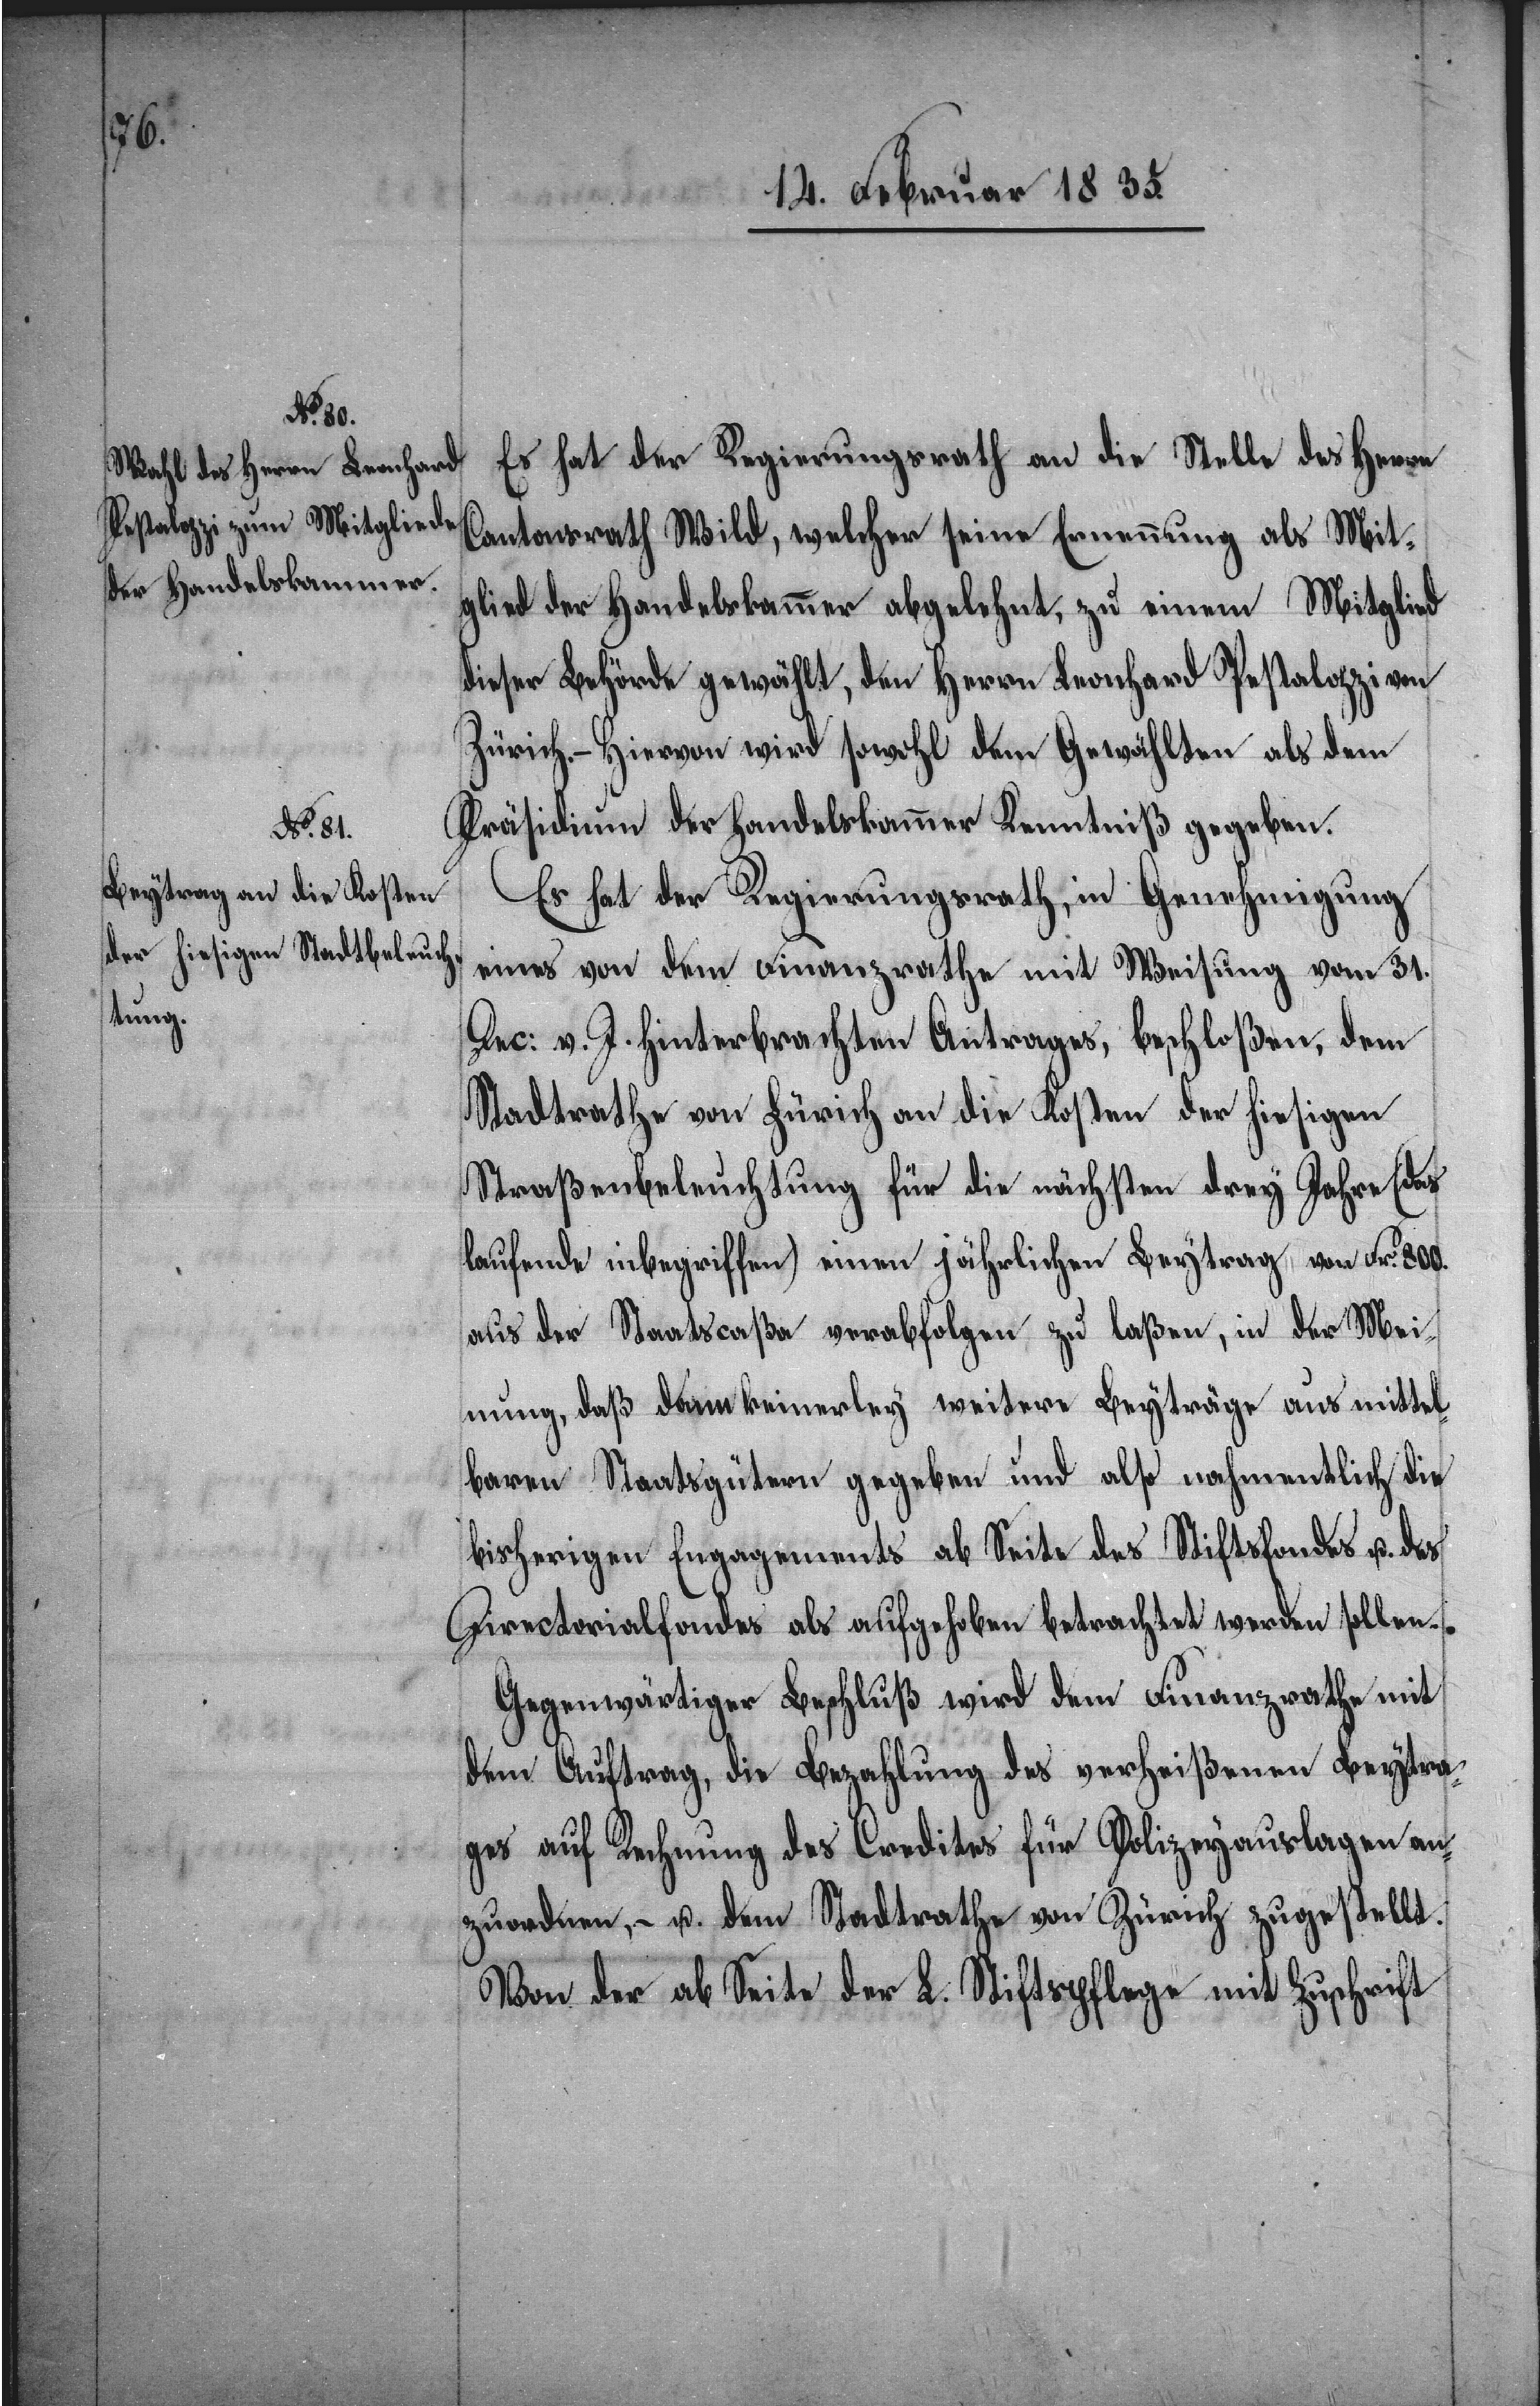
Es hat der Regierungsrath an die Stelle des Herrn
Cantonsrath Wild, welcher seine Ernennung als Mit¬
glied der Handelskammer abgelehnt, zu einem Mitglied
dieser Behörde gewählt, den Herrn Leonhard Pestalozzi von
Zürich. – Hiervon wird sowohl dem Gewählten als dem
Präsidium der Handelskammer Kenntniß gegeben.
Es hat der Regierungsrath, in Genehmigung
eines von dem Finanzrathe mit Weisung vom 31.
Dec: v. J. hinterbrachten Antrages, beschloßen, dem
Stadtrathe von Zürich an die Kosten der hiesigen
Straßenbeleuchtung für die nächsten drey Jahre (das
laufende inbegriffen) einen jährlichen Beytrag von Fr. 800.
aus der Staatscaßa verabfolgen zu laßen, in der Mei¬
nung, daß dann keinerley weitere Beyträge aus mittel¬
baren Staatsgütern gegeben und also nahmentlich die
bisherigen Engagements ab Seite des Stiftsfondes u. des
Directorialfondes als aufgehoben betrachtet werden sollen.
Gegenwärtiger Beschluß wird dem Finanzrathe mit
dem Auftrag, die Bezahlung des verheißenen Beytra¬
ges auf Rechnung des Credites für Polizeyauslagen an¬
zuordnen, – u. dem Stadtrathe von Zürich zugestellt.
Von der ab Seite der L. Stiftspflege mit Zuschrift